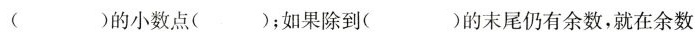
()的小数点()；如果除到( )的末尾仍有余数